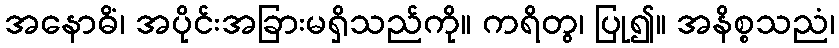
အနောဓိံ၊ အပိုင်းအခြားမရှိသည်ကို။ ကရိတွ၊ ပြု၍။ အနိစ္စသညံ၊